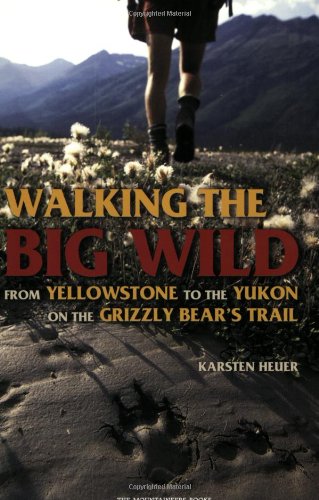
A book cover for Walking the Big Wild: From Yellowstone to the Yukon on the Grizzle Bears' Trail; Karsten Heuer; Travel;